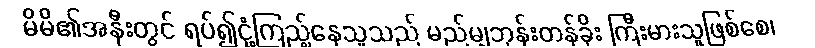
မိမိ၏အနီးတွင် ရပ်၍ငုံ့ကြည့်နေသူသည် မည်မျှဘုန်းတန်ခိုး ကြီးမားသူဖြစ်စေ၊